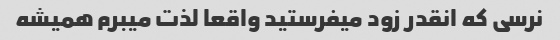
نرسی که انقدر زود میفرستید واقعا لذت میبرم همیشه